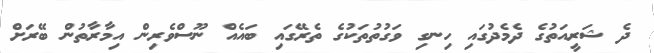
ދެ ޝަރީއަތުގެ ދެމެދުގައި ހިނގި ވަގުތުތަކުގެ ތެރޭގައި ބައެއް ނޫސްވެރިން އިމާރާތުން ބޭރަށް